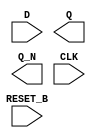
module sky130_fd_sc_hvl__dfrbp (
    //# {{data|Data Signals}}
    input  D      ,
    output Q      ,
    output Q_N    ,

    //# {{control|Control Signals}}
    input  RESET_B,

    //# {{clocks|Clocking}}
    input  CLK
);

    // Voltage supply signals
    supply1 VPWR;
    supply0 VGND;
    supply1 VPB ;
    supply0 VNB ;

endmodule